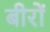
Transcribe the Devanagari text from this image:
बीरों